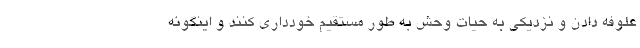
علوفه دادن و نزدیکی به حیات وحش به طور مستقیم خودداری کنند و اینگونه